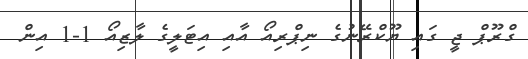
ގްރޫޕް ޖީ ގައި ޔޫކްރޭނުގެ ނިޕްރިއޯ އާއި އިޓަލީގެ ލާޒިއޯ 1-1 އިން